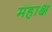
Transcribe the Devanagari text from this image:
महाक्ष